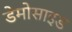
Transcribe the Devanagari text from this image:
डेमोसाइड